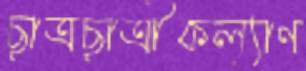
ছাত্রছাত্রীকল্যাণ